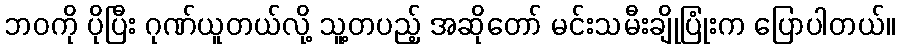
ဘဝကို ပိုပြီး ဂုဏ်ယူတယ်လို့ သူ့တပည့် အဆိုတော် မင်းသမီးချိုပြုံးက ပြောပါတယ်။